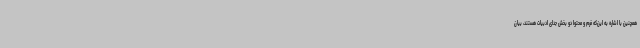
همچنین با اشاره به این‌که فرم و محتوا دو بخش جدای ادبیات هستند، بیان